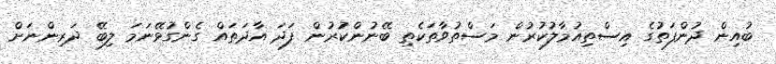
ބުއިން ދުންފަތުގެ އިސްތިއުމާލުކުރުން މަސްތުވާތަކެތި ބޭނުންކުރުން ފަދަ އާދަތައް ގެންގުޅޭނަމަ ލިބޭ ދަރިންނަށް